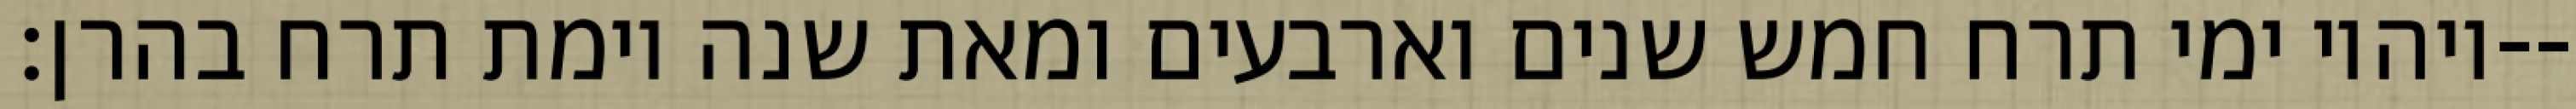
ויהיו ימי תרח חמש שנים וארבעים ומאת שנה וימת תרח בהרן׃--